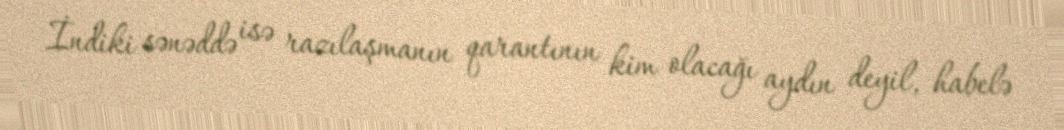
İndiki sənəddə isə razılaşmanın qarantının kim olacağı aydın deyil, habelə